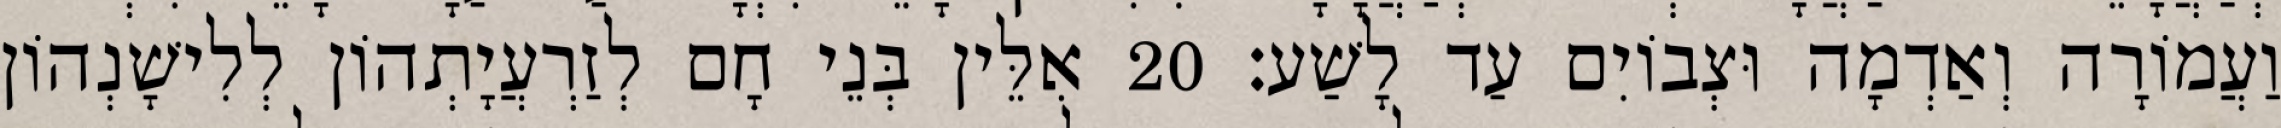
וַעֲמוֹרָה וְאַדְמָה וּצְבוֹיִם עַד לָשַׁע׃ 20 אִלֵּין בְּנֵי חָם לְזַרְעֲיָתְהוֹן לְלִישָׁנְהוֹן